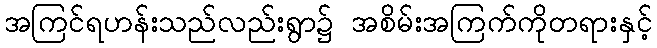
အကြင်ရဟန်းသည်လည်းရွာ၌ အစိမ်းအကြက်ကိုတရားနှင့်